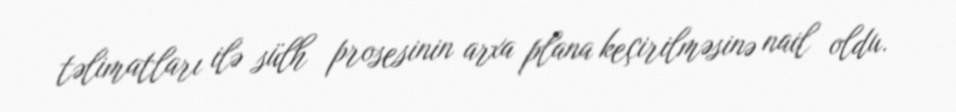
təlimatları ilə sülh prosesinin arxa plana keçirilməsinə nail oldu.